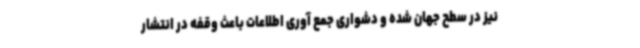
نیز در سطح جهان شده و دشواری جمع آوری اطلاعات باعث وقفه در انتشار